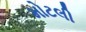
મોટલી